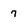
Character: 7